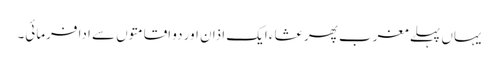
یہاں پہلے مغرب پھر عشاء ایک اذان اور دو اقامتوں سے ادا فرمائی۔